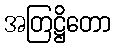
အတြဋ္ဌိတော